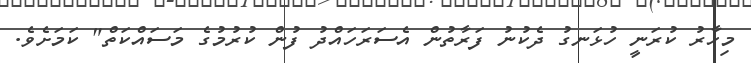
މިހާރު ކުރަނީ ހުޅަނގު ދެކުނު ފަރާތުން އެސަރަހައްދު ފުން ކުރުމުގެ މަސައްކަތް" ކަމަށެވެ.